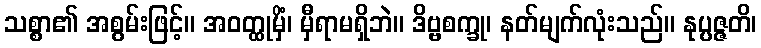
သစ္စာ၏ အစွမ်းဖြင့်။ အဝတ္ထုမှိံ၊ မှီရာမရှိဘဲ။ ဒိဗ္ဗစက္ခု၊ နတ်မျက်လုံးသည်။ နုပ္ပဇ္ဇတိ၊